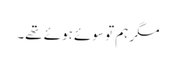
مگر ہم تو سوئے ہوئے تھے۔